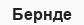
Бернде